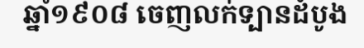
ឆ្នាំ១៩០៨ ចេញលក់ទ្បានដំបូង